Civil Veterinary Dept. Bombay admin report 1907-1913 - 1907-1913
Year: 1907
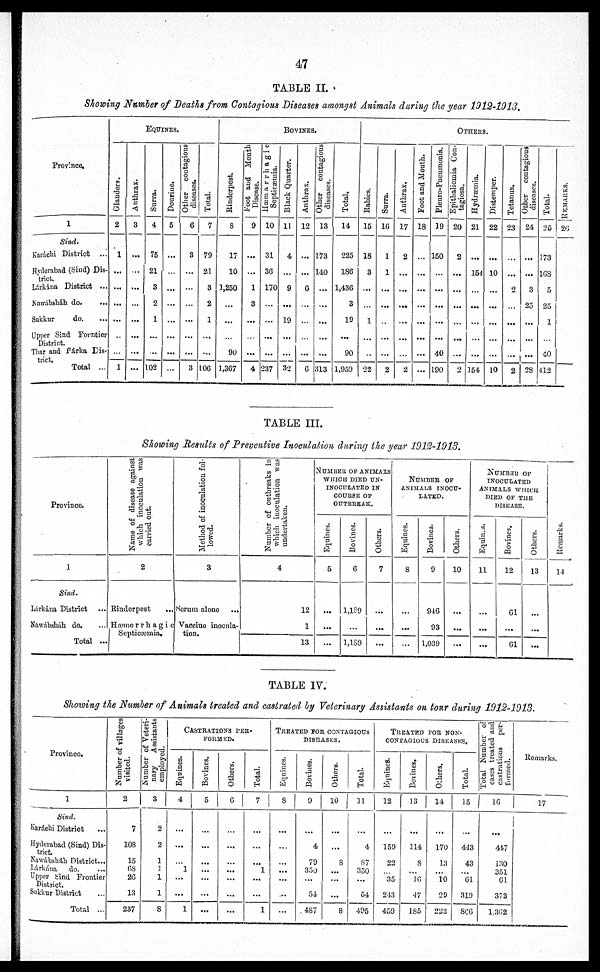
47
TABLE II.
Showing Number of Deaths from Contagious
Diseases amongst Animals daring the year 1912-1913.
Province.
1
Sind,
Karáchi District ...
Hyderabad (Sind) Dis-
trict.
Lárkána District ...
Nawábsháh do. ...
Sukkur
do. ...
Upper Sind Forntier
District.
Thar and Párka Dis-
trict.
Total ...
EQUINES.
Glanders.
2
1
...
...
...
...
...
...
1
Anthrax.
3
...
...
...
...
...
...
...
...
Surra.
4
75
21
3
2
1
...
...
102
Dourine.
5
...
...
...
...
...
...
...
...
Other contagious
diseases.
6
3
...
...
...
...
...
...
3
Total.
7
79
21
3
2
1
...
...
106
BOVINES.
Rinderpest.
8
17
10
1,250
...
...
...
90
1,367
Foot and Mouth
Disease.
9
...
...
1
3
...
...
...
4
Hæmarrhagic
Septicæmia.
10
31
36
170
...
...
...
...
237
Black Quarter.
11
4
...
9
...
19
...
...
32
Anthrax.
12
...
...
6
...
...
...
...
6
Other contagious
diseases.
13
173
140
...
...
...
...
...
313
Total.
14
225
186
1,436
3
19
...
90
1,959
OTHERS.
Babies.
15
18
3
...
...
1
...
..
22
Surra.
16
1
1
...
...
...
...
...
2
Anthrax.
17
2
...
...
...
...
...
...
2
Foot and Mouth.
18
...
...
...
...
...
...
...
...
Pleuro-Pneumonia.
19
150
...
...
...
...
...
40
190
Epithaliomia Con-
tagiosa.
20
2
...
...
...
...
...
...
2
Hydræmia.
21
...
154
...
...
...
...
...
154
Distemper.
22
...
10
...
...
...
...
...
10
Tetanus.
23
...
...
2
...
...
...
...
2
Other contagious
diseases.
24
...
...
3
25
...
...
...
28
Total.
25
173
168
5
25
1
...
40
412
REMARKS.
2c;
TABLE III.
Showing Results
of Preventive
Inoculation
during the year
1013-1913.
Province.
1
Sind.
Lárkána District ...
Nawábsháh do. ...
Total ...
Name of disease against
which inoculation was
carried out.
2
Rinderpest ...
Hæmorrhagic
Septicæmia.
Method of inoculation fol-
lowed.
3
Serum alone ...
Vacciue inocula-
tion.
Number of outbreaks in
which inoculation was
undertaken.
4
12
1
13
NUMBER OF ANIMALS
WHICH DIED UN-
INOCULATED IN
COURSE OF
OUTBREAK.
Equines.
5
...
...
...
Bo vines.
6
1,189
...
1,189
Others.
7
...
...
...
NUMBER OF
ANIMALS INOCU-
LATED.
Equines.
8
...
...
...
Bovines.
9
946
93
1,039
Others.
10
...
...
...
NUMBER OF
INOCULATED
ANIMALS WHICH
DIED OF THE
DISEASE.
Equines.
11
...
...
...
Bovines.
12
61
...
61
Others.
13
...
...
...
Remarks.
14
TABLE IV.
Showing the Number of Animals
treated and castrated by Veterinary
Assistants
on tour during
1912-1913.
Province.
1
Sind.
Karáchi District ...
Hyderabad (Sind) Dis-
trict.
Nawábsháh District...
Lárkána do. ...
Upper Sind Frontier
District.
Sukkur District ...
Total ...
Number of villages
visited.
2
7
108
15
68
26
13
237
Number of Veteri-
nary Assistants
employed.
3
2
2
1
1
1
1
8
CASTRATIONS PER-
FORMED.
Equines.
4
...
...
...
1
...
1
Bovines.
5
...
...
...
...
...
...
...
Others.
6
...
...
...
...
...
...
...
Total.
7
...
...
...
1
...
...
1
TREATED FOR CONTAGIOUS
DISEASES.
Equines.
8
...
...
...
...
...
...
...
Bovines.
9
...
4
79
350
...
54
487
Others.
10
...
...
8
...
...
...
8
Total.
11
...
4
87
350
...
54
495
TREATED FOR NON-
CONTAGIOUS DISEASES.
Equines.
12
...
159
22
...
35
243
459
Bovines.
13
...
114
8
...
16
47
185
Others.
14
...
170
13
...
10
29
222
Total.
15
...
443
43
...
61
310
866
Total Number of
cases treated and
castrations per-
formed.
16
...
417
130
351
61
373
1,362
Remarks.
17